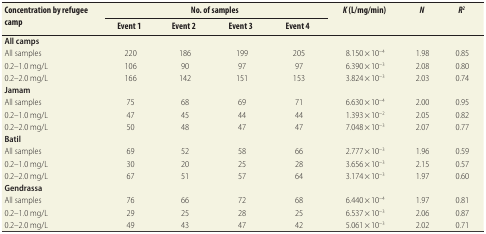
<table><thead><tr><td rowspan="2"><b>Concentration by refugee camp</b></td><td colspan="4"><b>No. of samples</b></td><td rowspan="2"><b><i>K</i> (L/mg/min)</b></td><td rowspan="2"><b><i>N</i></b></td><td rowspan="2"><b><i>R<sup>2</sup></i></b></td></tr><tr><td><b>Event 1</b></td><td><b>Event 2</b></td><td><b>Event 3</b></td><td><b>Event 4</b></td></tr></thead><tbody><tr><td><b>All camps</b></td><td></td><td></td><td></td><td></td><td></td><td></td><td></td></tr><tr><td>All samples</td><td>220</td><td>186</td><td>199</td><td>205</td><td>8.150 × 10<sup>−4</sup></td><td>1.98</td><td>0.85</td></tr><tr><td>0.2–1.0 mg/L</td><td>106</td><td>90</td><td>97</td><td>97</td><td>6.390 × 10<sup>−3</sup></td><td>2.08</td><td>0.80</td></tr><tr><td>0.2–2.0 mg/L</td><td>166</td><td>142</td><td>151</td><td>153</td><td>3.824 × 10<sup>−3</sup></td><td>2.03</td><td>0.74</td></tr><tr><td><b>Jamam</b></td><td></td><td></td><td></td><td></td><td></td><td></td><td></td></tr><tr><td>All samples</td><td>75</td><td>68</td><td>69</td><td>71</td><td>6.630 × 10<sup>−4</sup></td><td>2.00</td><td>0.95</td></tr><tr><td>0.2–1.0 mg/L</td><td>47</td><td>45</td><td>44</td><td>44</td><td>1.393 × 10<sup>−2</sup></td><td>2.05</td><td>0.82</td></tr><tr><td>0.2–2.0 mg/L</td><td>50</td><td>48</td><td>47</td><td>47</td><td>7.048 × 10<sup>−3</sup></td><td>2.07</td><td>0.77</td></tr><tr><td><b>Batil</b></td><td></td><td></td><td></td><td></td><td></td><td></td><td></td></tr><tr><td>All samples</td><td>69</td><td>52</td><td>58</td><td>66</td><td>2.777 × 10<sup>−3</sup></td><td>1.96</td><td>0.59</td></tr><tr><td>0.2–1.0 mg/L</td><td>30</td><td>20</td><td>25</td><td>28</td><td>3.656 × 10<sup>−3</sup></td><td>2.15</td><td>0.57</td></tr><tr><td>0.2–2.0 mg/L</td><td>67</td><td>51</td><td>57</td><td>64</td><td>3.174 × 10<sup>−3</sup></td><td>1.97</td><td>0.60</td></tr><tr><td><b>Gendrassa</b></td><td></td><td></td><td></td><td></td><td></td><td></td><td></td></tr><tr><td>All samples</td><td>76</td><td>66</td><td>72</td><td>68</td><td>6.440 × 10<sup>−4</sup></td><td>1.97</td><td>0.81</td></tr><tr><td>0.2–1.0 mg/L</td><td>29</td><td>25</td><td>28</td><td>25</td><td>6.537 × 10<sup>−3</sup></td><td>2.06</td><td>0.87</td></tr><tr><td>0.2–2.0 mg/L</td><td>49</td><td>43</td><td>47</td><td>42</td><td>5.061 × 10<sup>−3</sup></td><td>2.02</td><td>0.71</td></tr></tbody></table>